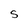
Character: S